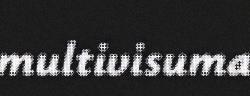
multivisuma